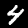
Label: 4